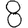
Digit: 8